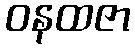
ဝနထဇာ